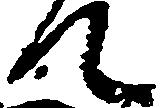
て